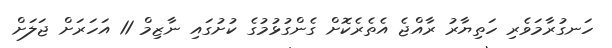
ހަނގުރާމަވެރި ހަތިޔާރު ރާއްޖެ އެތެރެކޮށް ގެންގުޅުމުގެ ކުށުގައި ނާޒިމް 11 އަހަރަށް ޖަލަށް